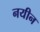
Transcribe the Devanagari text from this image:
नयीन